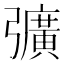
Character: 彍